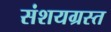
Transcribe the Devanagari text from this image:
संशयग्रस्त